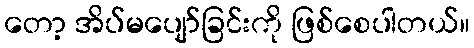
တော့ အိပ်မပျော်ခြင်းကို ဖြစ်စေပါတယ်။